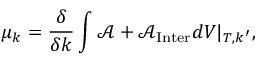
\mu _ { k } = \frac { \delta } { \delta k } \int \mathcal { A } + \mathcal { A } _ { \mathrm { I n t e r } } d V \lvert _ { T , k ^ { \prime } } ,